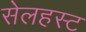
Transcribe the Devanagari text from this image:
सेलहस्ट